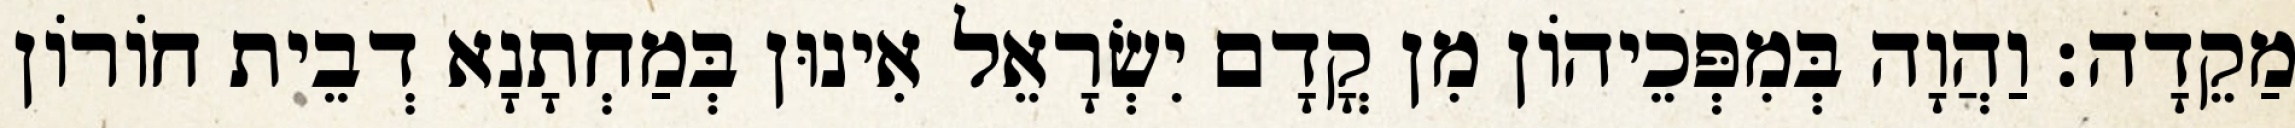
מַקֵדָה׃ וַהֲוָה בְּמִפְּכֵיהוֹן מִן קֳדָם יִשְׂרָאֵל אִינוּן בְּמַחְתָנָא דְבֵית חוֹרוֹן